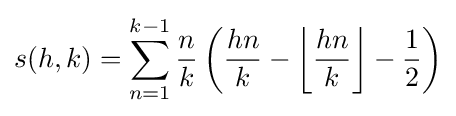
s(h,k)=\sum _{n=1}^{k-1}{\frac {n}{k}}\left({\frac {hn}{k}}-\left\lfloor {\frac {hn}{k}}\right\rfloor -{\frac {1}{2}}\right)